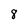
Character: 8